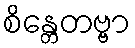
စိန္တေတဗ္ဗာ